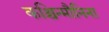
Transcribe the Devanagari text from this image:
कश्चिन्मौनिना